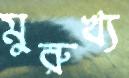
মুরুখ্য